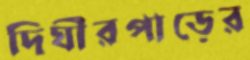
দিঘীরপাড়ের